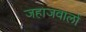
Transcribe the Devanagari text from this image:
जहाजवालों